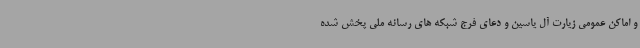
و اماکن عمومی زیارت آل یاسین و دعای فرج شبکه های رسانه ملی پخش شده